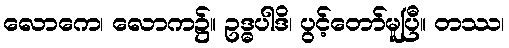
လောကေ၊ လောက၌။ ဥဒ္ဓပါဒိ၊ ပွင့်တော်မူပြီ။ တဿ၊